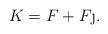
LaTeX: \begin{align*}K=F+F\j.\end{align*}